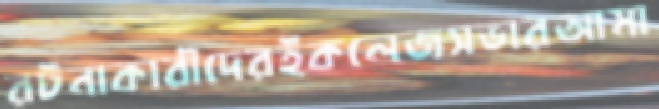
রটনাকারীদেরইকলেজসভারআমা